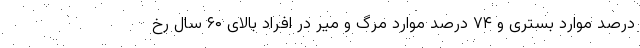
درصد موارد بستری و ۷۴ درصد موارد مرگ و میر در افراد بالای ۶۰ سال رخ